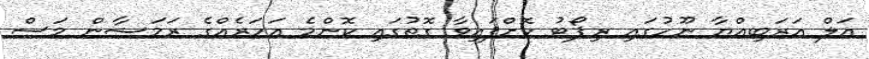
އަލް އަރަބިއްޔާ ނޫހުގައި ރިޕޯޓު ކޮށްފައިވާ ގޮތުގައި ކޮންމެ އަހަރެއްގެ ރަމަޟާން މަސް